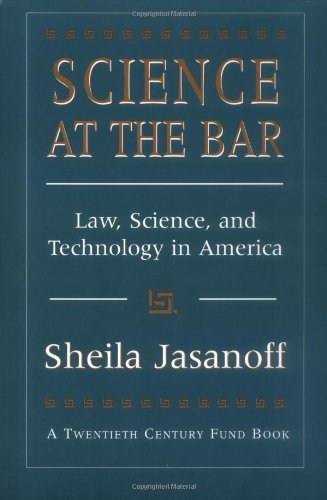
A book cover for Science at the Bar: Law, Science, and Technology in America (Twentieth Century Fund Books/Reports/Studies); Sheila Jasanoff; Law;